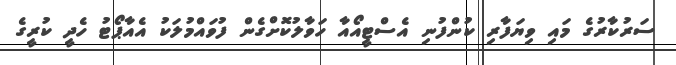
ސަރުކާރުގެ މައި ވިޔަފާރި ކުންފުނި އެސްޓީއޯއާ ހަވާލުކޮށްގެން ފުވައްމުލަކު އެއާޕޯޓު ހެދީ ކުރީގެ